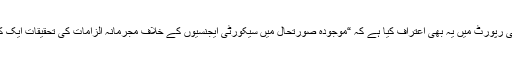
کمیشن نے اپنی رپورٹ میں یہ بھی اعتراف کیا ہے کہ “موجودہ صورتحال میں سیکورٹی ایجنسیوں کے خلاف مجرمانہ الزامات کی تحقیقات ایک کٹھن کام ہے”۔